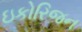
ઇકોરિજન